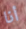
أنا